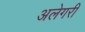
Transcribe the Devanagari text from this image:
अलेगरी